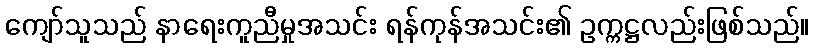
ကျော်သူသည် နာရေးကူညီမှုအသင်း ရန်ကုန်အသင်း၏ ဥက္ကဋ္ဌလည်းဖြစ်သည်။